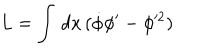
L = \int \, d x \, ( \dot { \phi } \phi ^ { \prime } - \phi ^ { 2 } )